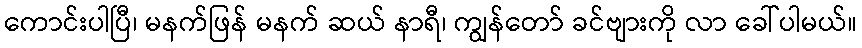
ကောင်းပါပြီ၊ မနက်ဖြန် မနက် ဆယ် နာရီ၊ ကျွန်တော် ခင်ဗျားကို လာ ခေါ်ပါမယ်။